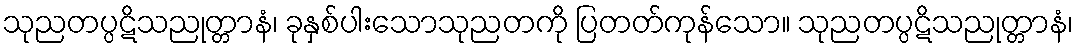
သုညတပ္ပဋိသညုတ္တာနံ၊ ခုနှစ်ပါးသောသုညတကို ပြတတ်ကုန်သော။ သုညတပ္ပဋိသညုတ္တာနံ၊